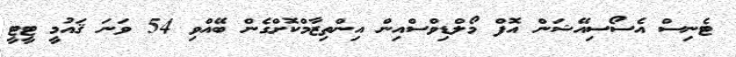
ޓެނިސް އެސޯސިއޭޝަން އޮފް މޯލްޑިވްސްއިން އިންތިޒާމްކޮށްގެން ބޭއްވި 54 ވަނަ ޤައުމީ ޓީޓީ